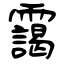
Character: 靄